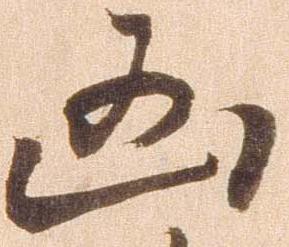
凶